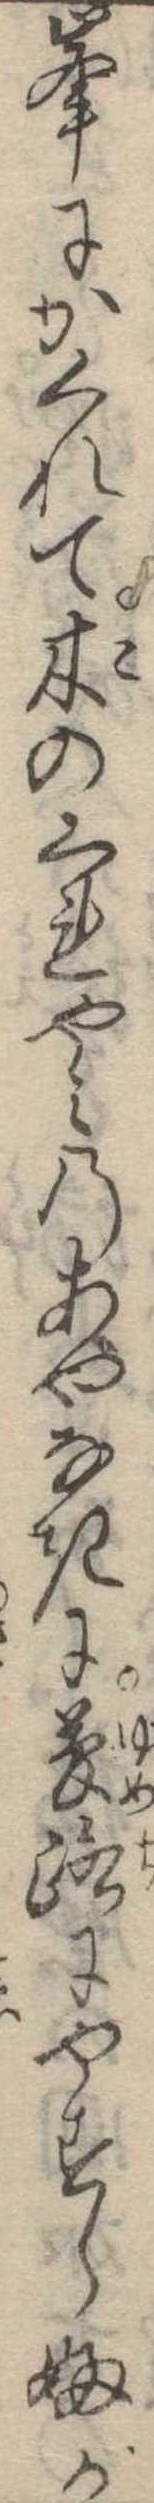
峰にかくれて木のくれやみのあやなきに夢路にやすらふが